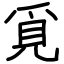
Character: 覓